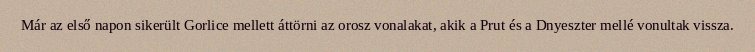
Már az első napon sikerült Gorlice mellett áttörni az orosz vonalakat, akik a Prut és a Dnyeszter mellé vonultak vissza.